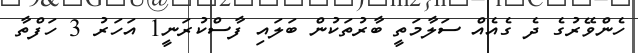
ހެންވޭރުގެ ދެ ގެއެއް ސަލާމަތީ ބާރުތަކުން ބަލައި ފާސްކުރަނީ1 އަހަރު 3 ހަފްތާ